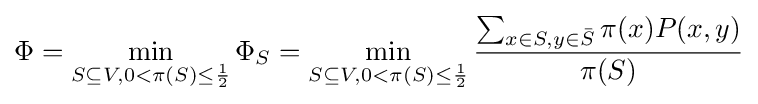
\Phi =\min _{S\subseteq V,0<\pi (S)\leq {\frac {1}{2}}}\Phi _{S}=\min _{S\subseteq V,0<\pi (S)\leq {\frac {1}{2}}}{\frac {\sum _{x\in S,y\in {\bar {S}}}\pi (x)P(x,y)}{\pi (S)}}